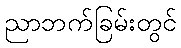
ညာဘက်ခြမ်းတွင်